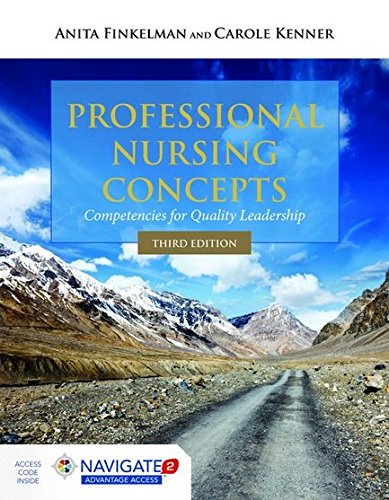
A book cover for Professional Nursing Concepts: Competencies for Quality Leadership; Anita Finkelman; Medical Books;